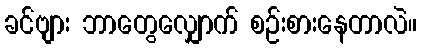
ခင်ဗျား ဘာတွေလျှောက် စဉ်းစားနေတာလဲ။